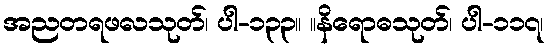
အညတရဖလသုတ်၊ ပါ-၁၃၃။ ။နိရောဓသုတ်၊ ပါ-၁၁၇၊